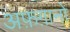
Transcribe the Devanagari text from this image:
अफ़ग़ानो